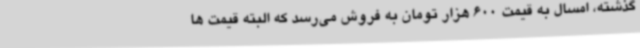
گذشته، امسال به قیمت 600 هزار تومان به فروش می‌رسد که البته قیمت ها